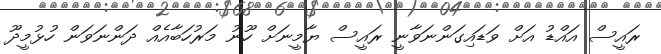
ރައީސް އައްޑު އަށް ވަޑައިގަންނަވާނީ ރައީސް ޔާމީނަށް ހޫނު މަރުހަބާއެއް ދަންނަވަން ހުޅުމީދޫ